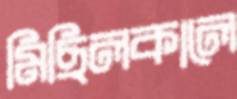
মিছিলকালে